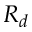
R _ { d }